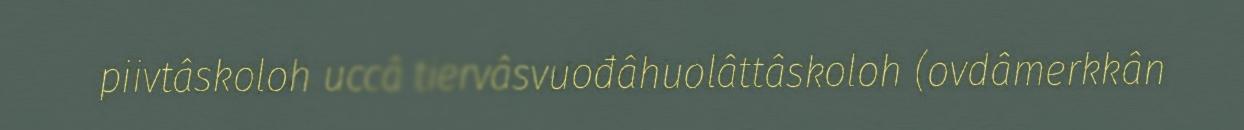
piivtâskoloh uccâ tiervâsvuođâhuolâttâskoloh (ovdâmerkkân